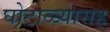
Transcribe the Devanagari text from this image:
घोटाळ्यासह